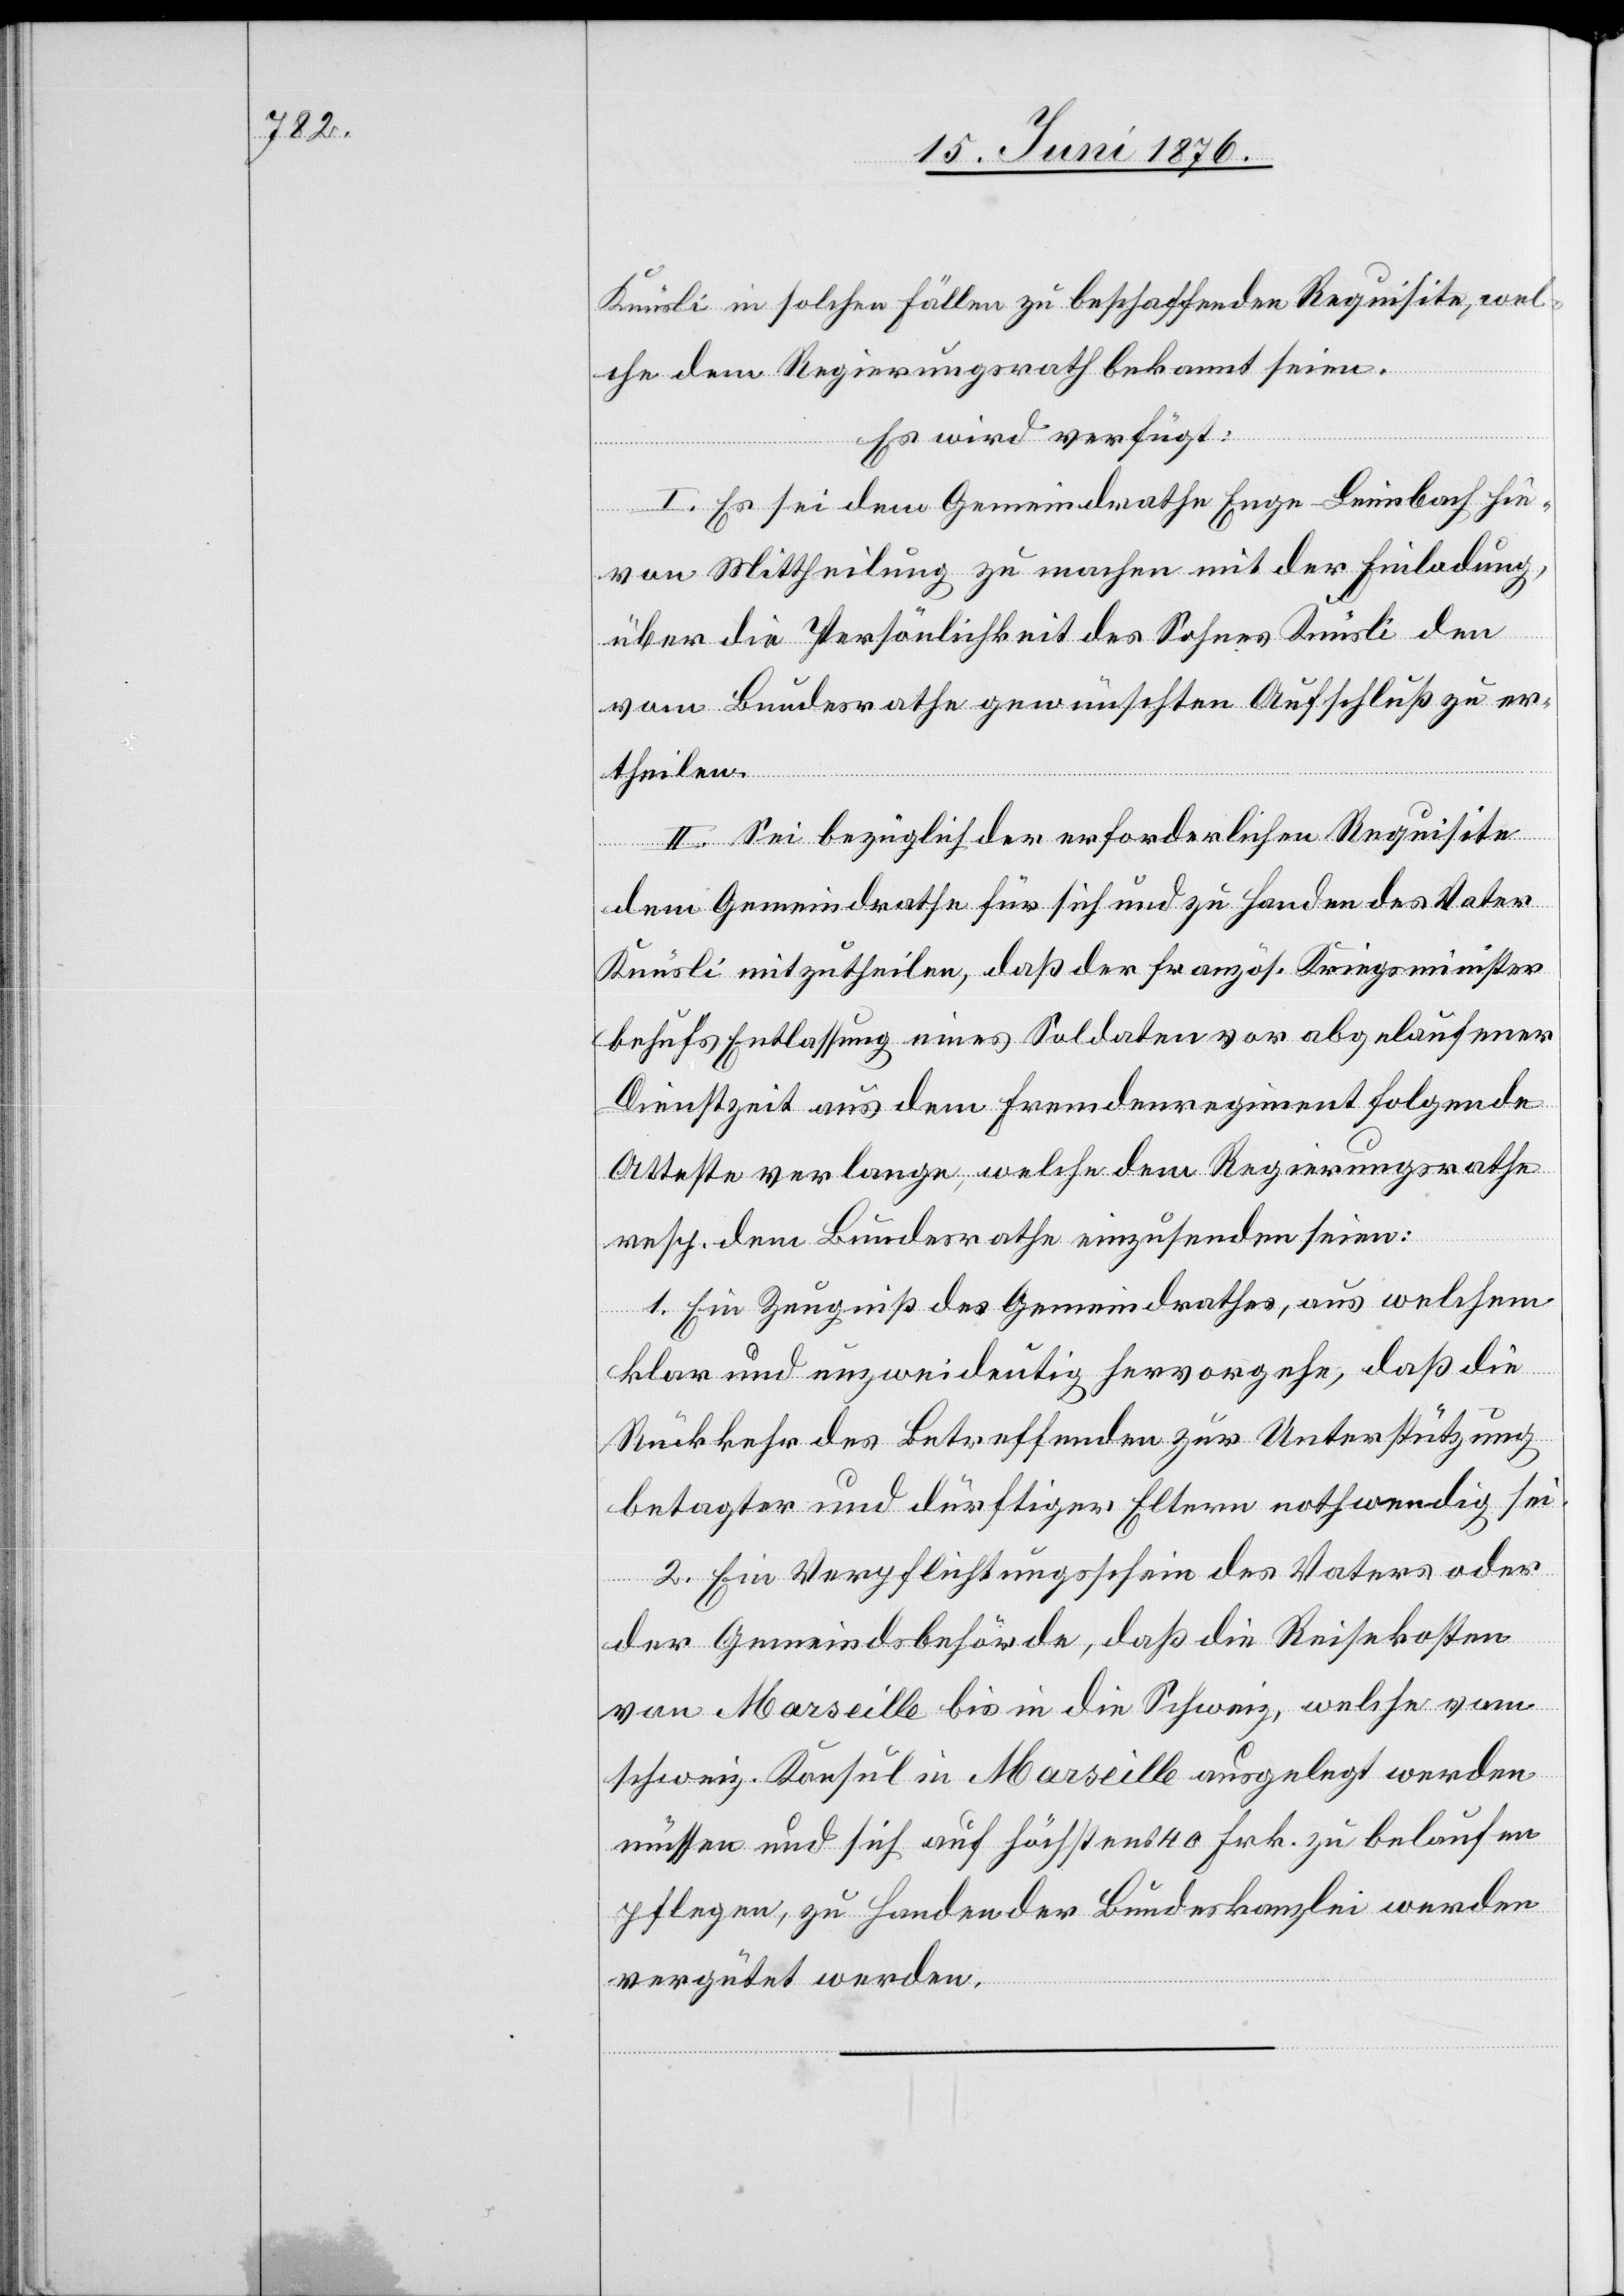
Knüsli in solchen Fällen zu beschaffenden Requisite, wel¬
che dem Regierungsrath bekannt seien.
Es wird verfügt:
I. Es sei dem Gemeindrathe Enge - Leimbrach hie¬
von Mittheilung zu machen mit der Einladung,
über die Persönlichkeit des Sohnes Knüsli den
vom Bundesrathe gewünschten Aufschluß zu er¬
theilen.
II. Sei bezüglich der erforderlichen Requisite
dem Gemeindrathe für sich und zu Handen des Vater
Knüsli mitzutheilen, das der französ. Kriegsminister
behufs Entlassung eines Soldaten vor abgelaufener
Dienstzeit aus dem Fremdenregiment folgende
Atteste verlange, welche dem Regierungsrathe
resp. dem Bundesrathe einzusenden seien:
1. Ein Zeugniß des Gemeindrathes, aus welchem
klar und unzweideutig hervorgehe, daß die
Rückkehr des Betreffenden zur Unterstützung
betagter und dürftiger Eltern nothwendig sei.
2. Ein Verpflichtungsschein des Vaters oder
der Gemeindsbehörde, das die Reisekosten
von Marseille bis in die Schweiz, welche vom
schweiz. Konsul in Marseille ausgelegt werden
müssen und sich auf höchstens 40 Frk. zu belaufen
pflegen, zu Handen der Bundeskanzlei werden
vergütet werden.